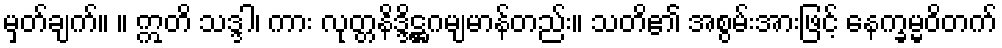
မှတ်ချက်။ ။ ဣတိ သဒ္ဒါ၊ ကား လုတ္တနိဒ္ဒိဋ္ဌဂမျမာန်တည်း။ သတိ၏ အစွမ်းအားဖြင့် နေက္ခမ္မဝိတက်